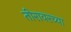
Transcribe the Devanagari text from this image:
तीरावरच्या